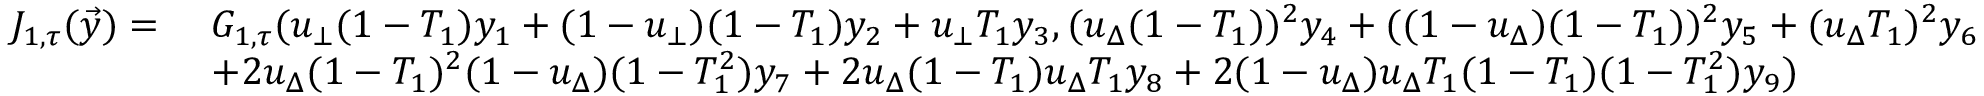
\begin{array} { r l } { J _ { 1 , \tau } ( \vec { y } ) = \ } & { G _ { 1 , \tau } ( u _ { \bot } ( 1 - T _ { 1 } ) y _ { 1 } + ( 1 - u _ { \bot } ) ( 1 - T _ { 1 } ) y _ { 2 } + u _ { \bot } T _ { 1 } y _ { 3 } , ( u _ { \Delta } ( 1 - T _ { 1 } ) ) ^ { 2 } y _ { 4 } + ( ( 1 - u _ { \Delta } ) ( 1 - T _ { 1 } ) ) ^ { 2 } y _ { 5 } + ( u _ { \Delta } T _ { 1 } ) ^ { 2 } y _ { 6 } } \\ & { + 2 u _ { \Delta } ( 1 - T _ { 1 } ) ^ { 2 } ( 1 - u _ { \Delta } ) ( 1 - T _ { 1 } ^ { 2 } ) y _ { 7 } + 2 u _ { \Delta } ( 1 - T _ { 1 } ) u _ { \Delta } T _ { 1 } y _ { 8 } + 2 ( 1 - u _ { \Delta } ) u _ { \Delta } T _ { 1 } ( 1 - T _ { 1 } ) ( 1 - T _ { 1 } ^ { 2 } ) y _ { 9 } ) } \end{array}